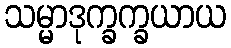
သမ္မာဒုက္ခက္ခယာယ